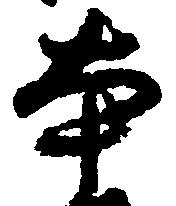
本